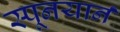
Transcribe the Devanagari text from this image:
स्पूनयार्न